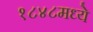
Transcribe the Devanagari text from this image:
१८४८मध्ये